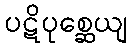
ပဋိပုစ္ဆေယျ